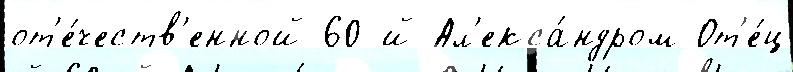
от'е́честв'енной 60-й Ал'екса́ндром От'е́ц